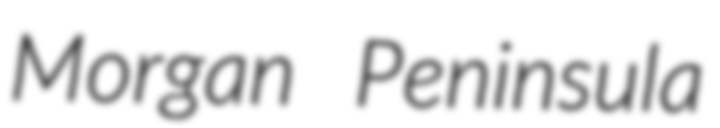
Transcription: Morgan Peninsula